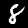
Digit: 8